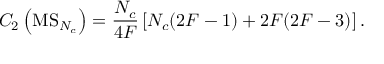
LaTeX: C _ { 2 } \left( \mathrm { M S } _ { N _ { c } } \right) = \frac { N _ { c } } { 4 F } \left[ N _ { c } ( 2 F - 1 ) + 2 F ( 2 F - 3 ) \right] .